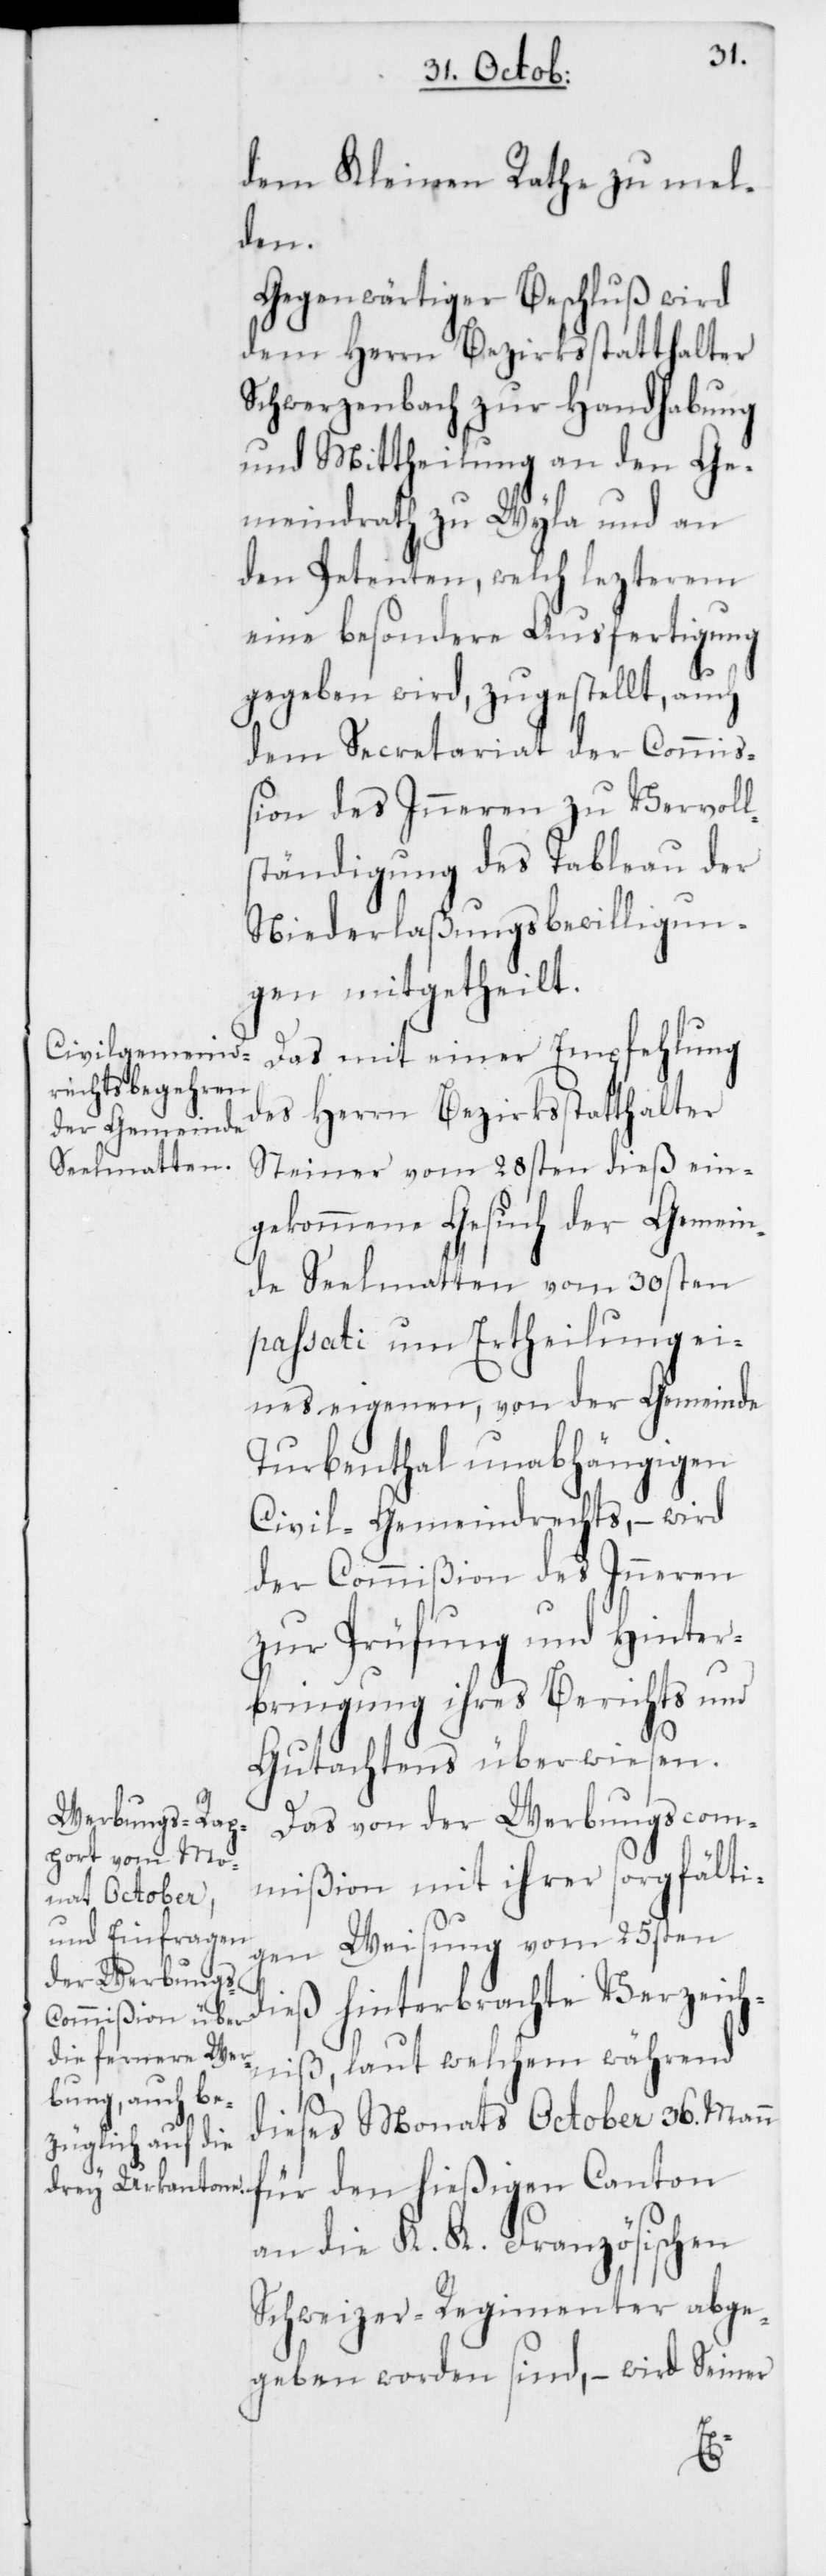
dem Kleinen Rathe zu mel¬
den.
Gegenwärtiger Beschluß wird
dem Herrn Bezirksstatthalter
Schwerzenbach zur Handhabung
und Mittheilung an den Ge¬
meindrath zu Wyla und an
den Petenten, welch lezterem
eine besondere Ausfertigung
gegeben wird, zugestellt, auch
dem Secretariat der Commi¬
ßion des Inneren zu Vervoll¬
ständigung des Tableau der
Niederlaßungsbewilligun¬
gen mitgetheilt.
Das mit einer Empfehlung
des Herrn Bezirksstatthalter
Steiner vom 28sten dieß ein¬
gekommene Gesuch der Gemein¬
de Seelmatten vom 30sten
passati um Ertheilung ei¬
nes eigenen, von der Gemeinde
Turbenthal unabhängigen
Civilgemeindrechts, – wird
der Commißion des Inneren
zur Prüfung und Hinter¬
bringung ihres Berichts und
Gutachtens überwiesen.
Das von der Werbungscom¬
mißion mit ihrer sorgfälti¬
gen Weisung vom 25sten
dieß hinterbrachte Verzeich¬
niß, laut welchem während
ses Monats October 36. Mann
die¬
für den hießigen Canton
an die K. K. Französischen
Schweizer-Regimenter abge¬
geben worden sind, – wird Seiner